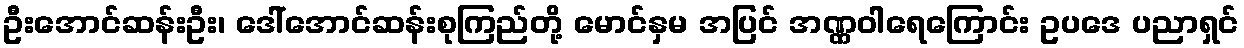
ဦးအောင်ဆန်းဦး၊ ဒေါ်အောင်ဆန်းစုကြည်တို့ မောင်နှမ အပြင် အဏ္ဏဝါရေကြောင်း ဥပဒေ ပညာရှင်